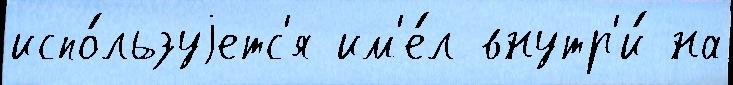
испо́льзуjетс'я им'е́л внутр'и́ на